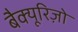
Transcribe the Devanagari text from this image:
बैक्यूरिज़ो